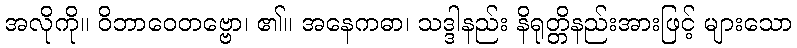
အလိုကို။ ဝိဘာဝေတဗ္ဗော၊ ၏။ အနေကဓာ၊ သဒ္ဒါနည်း နိရုတ္တိနည်းအားဖြင့် များသော